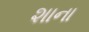
શાના